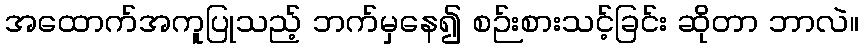
အထောက်အကူပြုသည့် ဘက်မှနေ၍ စဉ်းစားသင့်ခြင်း ဆိုတာ ဘာလဲ။